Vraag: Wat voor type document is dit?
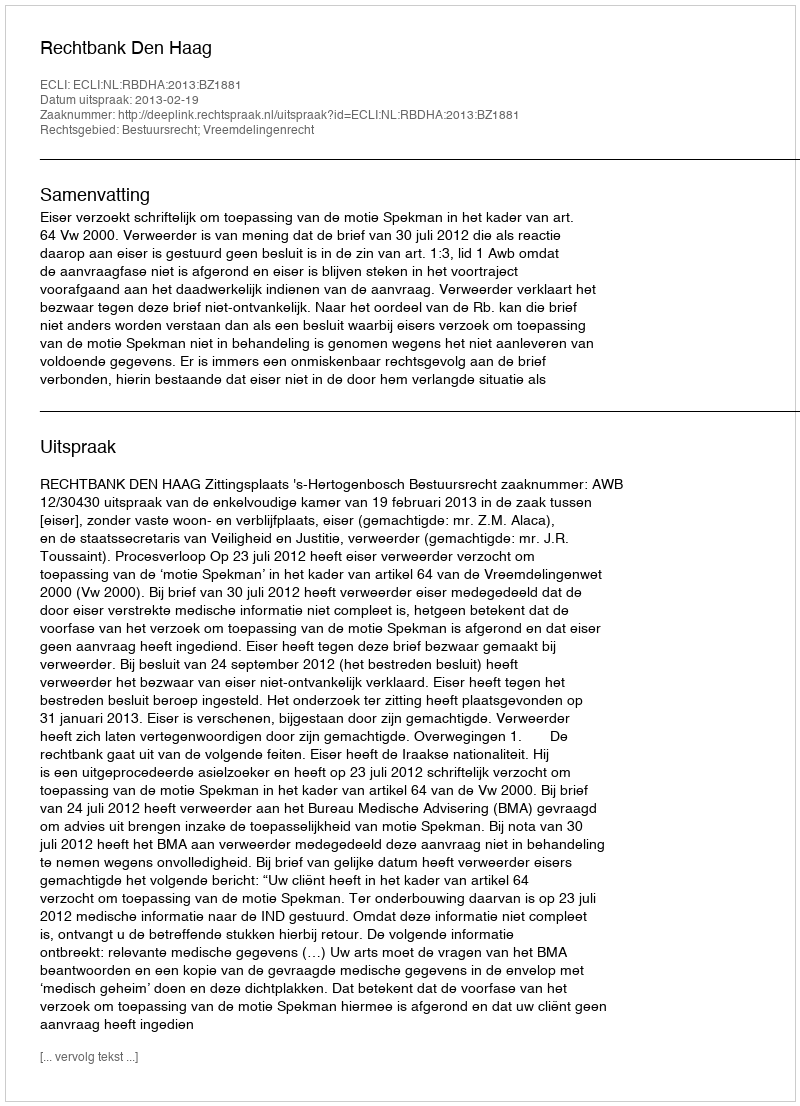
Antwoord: Uitspraak